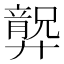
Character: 𱝗